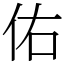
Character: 佑